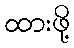
ထားဖို့